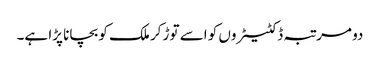
دو مرتبہ ڈکٹیٹروں کو اسے توڑ کر ملک کو بچانا پڑا ہے۔